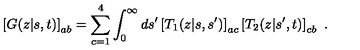
\left[ G ( z | s , t ) \right] _ { a b } = \sum _ { c = 1 } ^ { 4 } \int _ { 0 } ^ { \infty } d s ^ { \prime } \left[ T _ { 1 } ( z | s , s ^ { \prime } ) \right] _ { a c } \left[ T _ { 2 } ( z | s ^ { \prime } , t ) \right] _ { c b } \ .